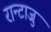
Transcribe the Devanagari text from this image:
रान्टाजु